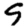
Digit: 9